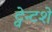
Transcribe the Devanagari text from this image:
ट्वेन्टशे